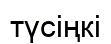
түсіңкі